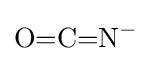
{\mathrm {O} {=}\mathrm {C} {=}\mathrm {N} {\vphantom {A}}^{-}}